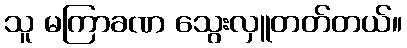
သူ မကြာခဏ သွေးလှူတတ်တယ်။